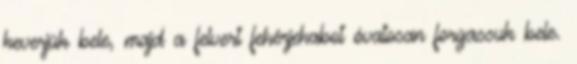
keverjük bele, majd a felvert fehérjehabot óvatosan forgassuk bele.